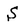
Character: S